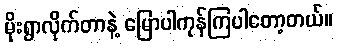
မိုးရွာလိုက်တာနဲ့ မြောပါကုန်ကြပါတော့တယ်။